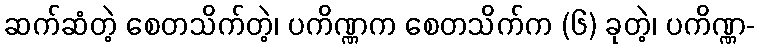
ဆက်ဆံတဲ့ စေတသိက်တဲ့၊ ပကိဏ္ဏက စေတသိက်က (၆) ခုတဲ့၊ ပကိဏ္ဏ-